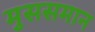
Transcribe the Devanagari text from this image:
मुससमान